Mental hospitals Bombay report 1929-33 - 1929-1933
Year: 1929
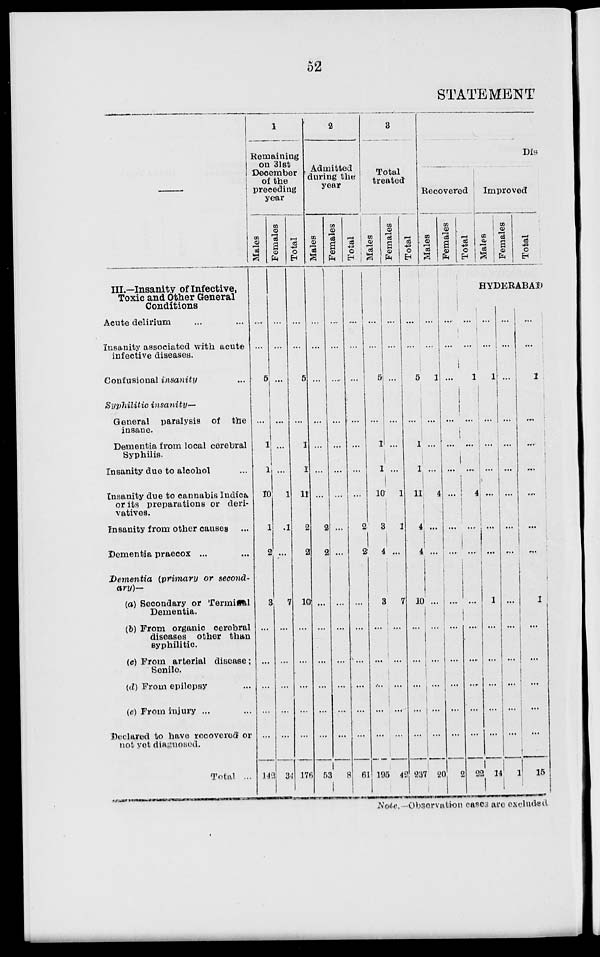
52
STATEMENT
III.—Insanity of Infective,
Toxic and Other General
Conditions
Acute delirium ... ...
Insanity associated with acute
infective diseases.
Confusional insanity ...
Syphilitic
insanity—
General paralysis of the
insane.
Dementia from local cerebral
Syphilis.
Insanity due to alcohol ...
Insanity due to cannabis Indica
or its preparations or deri-
vatives.
Insanity from other causes ...
Dementia praecox ... ...
Dementia
(primary or second-
ary)—
(a) Secondary or Terminal
Dementia.
(b) From organic cerebral
diseases other than
syphilitic.
(c) From arterial disease;
Senile.
(d) From epilepsy ...
(c) From injury ... ...
Declared to have recovered or
not yet diagnosed.
Total ...
1
Remaining
on 31st
December
of the
preceding
year
Males
...
...
5
...
1
1
10
1
2
3
...
...
...
...
...
142
Females
...
...
...
...
...
...
1
1
...
7
...
...
...
...
...
34
Total
...
...
5
...
1
1
11
2
2
10
...
...
...
...
...
176
2
Admitted
during the
year
Males
...
...
...
...
...
...
...
2
2
...
...
...
...
...
...
53
Females
...
...
...
...
...
...
...
...
...
...
...
...
...
...
...
8
Total
...
...
...
...
...
...
...
2
2
...
...
...
...
...
...
61
3
Total
treated
Males
...
...
5
...
1
1
10
3
4
3
...
...
...
...
...
195
Females
....
...
...
...
...
...
1
1
...
7
...
...
...
...
...
42
Total
...
...
5
...
1
1
11
4
4
10
...
...
...
...
...
237
Dis
Recovered
Males
...
1
...
...
...
4
...
...
...
...
...
...
...
...
20
Females
...
...
...
...
...
...
...
...
...
...
...
...
...
...
...
2
Total
...
...
1
...
...
...
4
...
...
...
...
...
...
...
...
22
Improved
Males
Females
Total
HYDERABAD
...
...
1
...
...
...
...
...
...
1
...
...
...
...
...
14
...
...
...
...
...
...
...
...
...
...
...
...
...
...
...
1
...
...
1
...
...
...
...
...
...
1
...
...
...
...
...
15
Note.—Observation cases are excluded